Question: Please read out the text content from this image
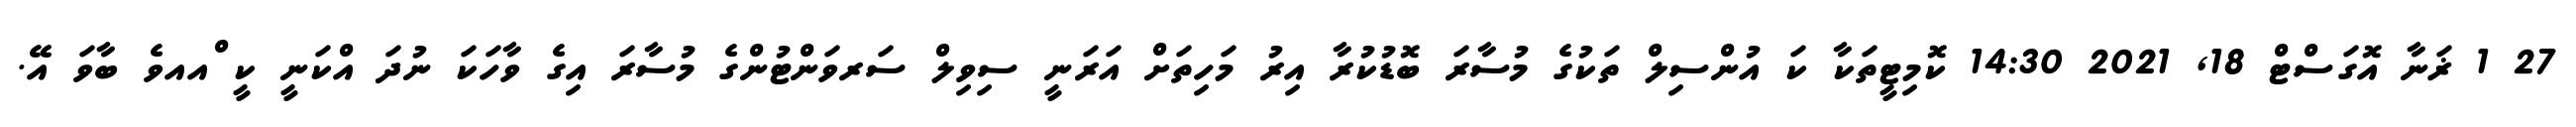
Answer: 27 1 ޜަނާ އޮގަސްޓް 18, 2021 14:30 ކޮމިޓީތަކާ ކަ އުންސިލް ތަކުގެ މުސާރަ ބޮޑުކުރާ އިރު މަހިތަށް އަރަނީ ސިވިލް ސަރވަންޓުންގެ މުސާރަ އިގެ ވާހަކަ ނުދަ އްކަނީ ކީ ްއއވެ ބާވަ އޭ.